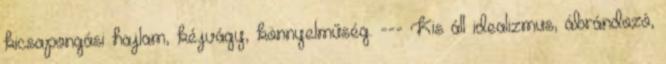
kicsapongási hajlam, kéjvágy, könnyelműség. --- Kis áll idealizmus, ábrándozó,